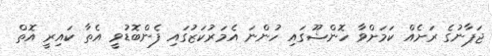
ޖަޕާނުގެ ރަށެއް ކަމަށްވާ ހޮންޝޫގައި ހުންނަ އެމަރުކަޒުގައި ފެންބޮޑުވީ އެތާ ކައިރީ އޮތް